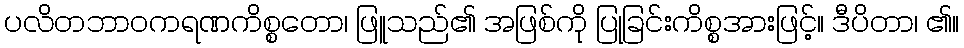
ပလိတဘာဝကရဏကိစ္စတော၊ ဖြူသည်၏ အဖြစ်ကို ပြုခြင်းကိစ္စအားဖြင့်။ ဒီပိတာ၊ ၏။